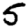
Digit: 5